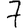
Digit: 7